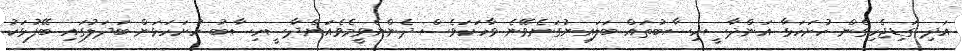
އަދި ގަޑިޖެހިގެން ހުށަހަޅާ އަންދާސީހިސާބުތައް ބަލައިނުގަނެވޭނެ ވާހަކަވެސް ދެންނެވީމެވެއަންދާސީހިސާބު ހުށަހަޅަން ބަދަލުގައި ބޭފުޅަކު